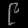
Digit: ၉